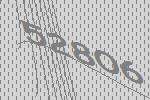
52806